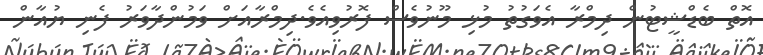
އޮތް ބެޑްޝީޓުން ދިމްރާ އެވަގުތު މުޅި މޫނުވެސް ފޮރުވިއެވެ.ދިމްރާއަށް ވަމުންދާވަރު ފެނި ޔުއާން